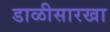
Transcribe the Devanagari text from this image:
डाळीसारखा